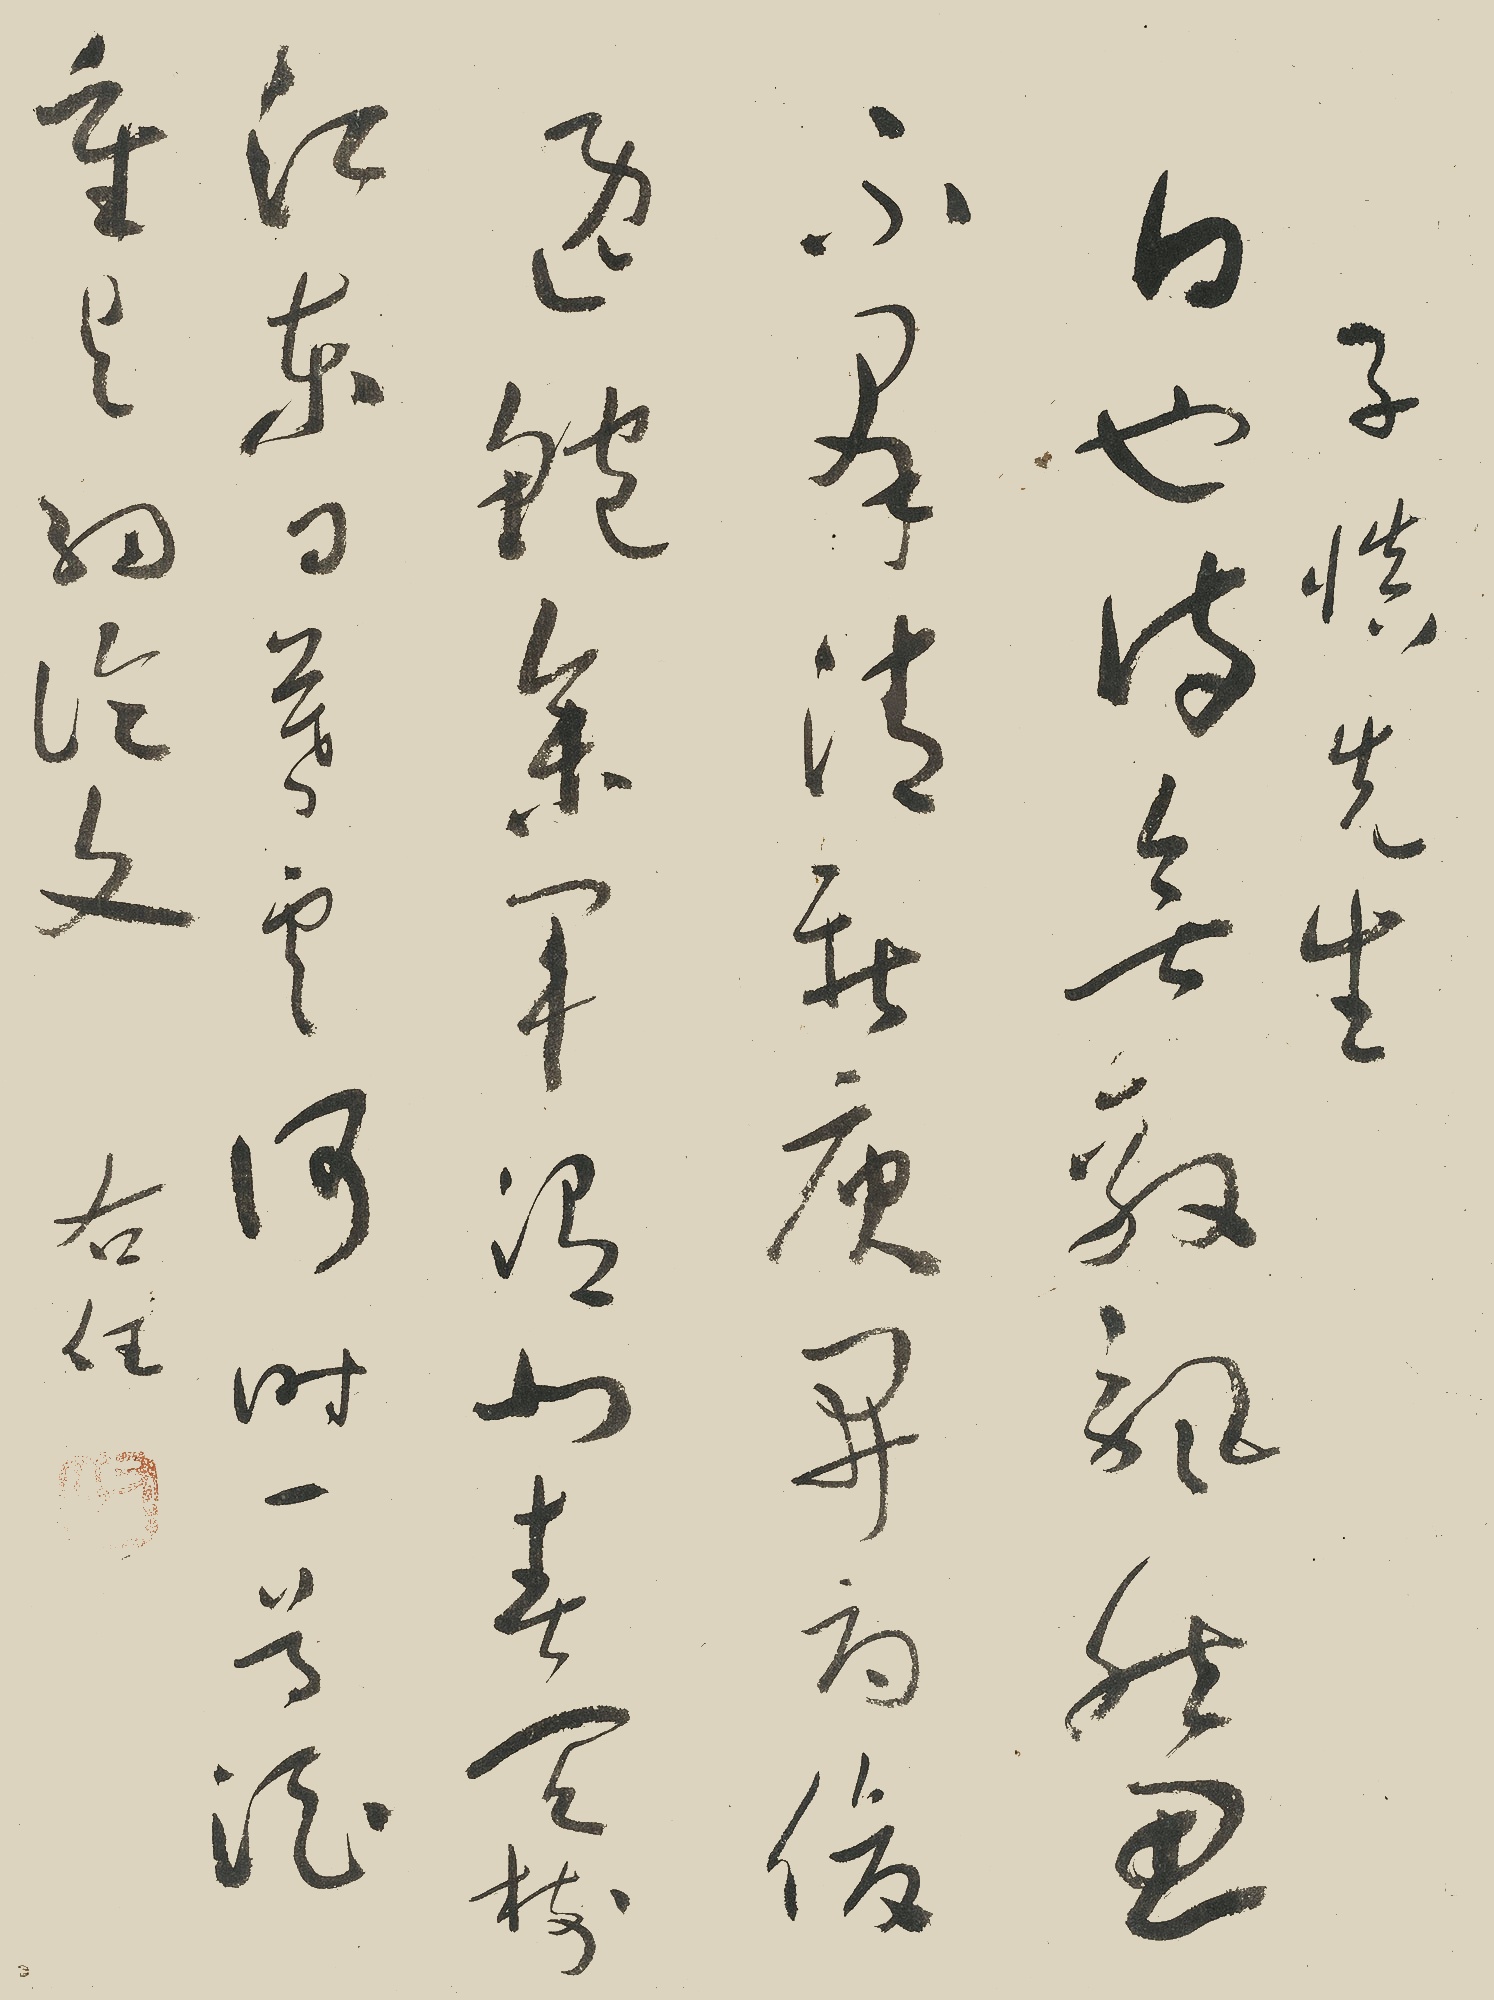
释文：白也诗无敌，飘然思不群。清新庾开府，俊逸鲍参军。渭北春天树，江东日暮云。何时一尊酒，重与细论文。子慎先生。右任。